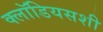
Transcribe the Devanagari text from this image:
क्लॉडियसशी